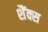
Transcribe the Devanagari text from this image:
शैंक्स